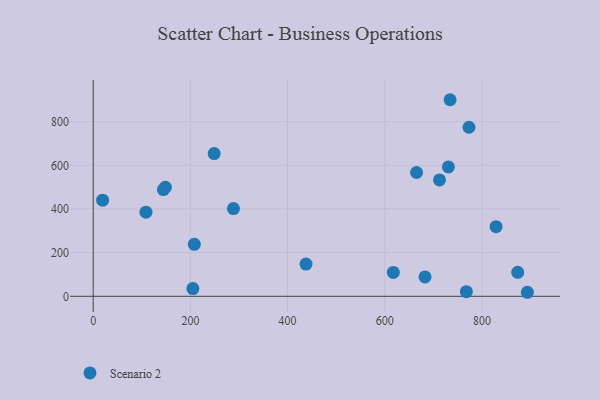
{"axis": {"x": "Study Hours", "y": "Fuel Efficiency"}, "legend": ["Scenario 2"], "data": [{"x": "288.6", "y": 401.9, "type": "Scenario 2"}, {"x": "712.6", "y": 533.3, "type": "Scenario 2"}, {"x": "767.8", "y": 21.3, "type": "Scenario 2"}, {"x": "148.6", "y": 499.5, "type": "Scenario 2"}, {"x": "773.3", "y": 774.3, "type": "Scenario 2"}, {"x": "248.9", "y": 653.6, "type": "Scenario 2"}, {"x": "108.6", "y": 385.2, "type": "Scenario 2"}, {"x": "828.9", "y": 318.8, "type": "Scenario 2"}, {"x": "665.3", "y": 567.0, "type": "Scenario 2"}, {"x": "617.6", "y": 109.3, "type": "Scenario 2"}, {"x": "205.1", "y": 35.3, "type": "Scenario 2"}, {"x": "208.1", "y": 238.3, "type": "Scenario 2"}, {"x": "682.8", "y": 88.7, "type": "Scenario 2"}, {"x": "734.4", "y": 900.4, "type": "Scenario 2"}, {"x": "873.5", "y": 109.9, "type": "Scenario 2"}, {"x": "19.4", "y": 440.5, "type": "Scenario 2"}, {"x": "437.9", "y": 147.8, "type": "Scenario 2"}, {"x": "144.5", "y": 489.0, "type": "Scenario 2"}, {"x": "730.9", "y": 592.7, "type": "Scenario 2"}, {"x": "893.4", "y": 18.5, "type": "Scenario 2"}]}